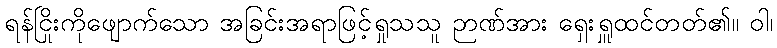
ရန်ငြိုးကိုဖျောက်သော အခြင်းအရာဖြင့်ရှုသသူ ဉာဏ်အား ရှေးရှူထင်တတ်၏။ ဝါ၊